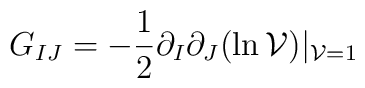
G_{IJ} = -{1\over 2} \partial_I \partial_J (\ln {\cal V})|_{{\cal V} =1}